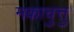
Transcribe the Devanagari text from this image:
मकाचुत्तु